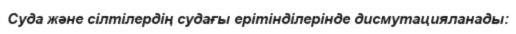
Суда және сілтілердің судағы ерітінділерінде дисмутацияланады: